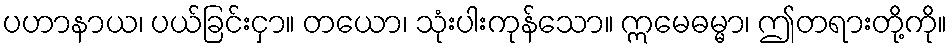
ပဟာနာယ၊ ပယ်ခြင်းငှာ။ တယော၊ သုံးပါးကုန်သော။ ဣမေဓမ္မာ၊ ဤတရားတို့ကို။